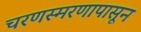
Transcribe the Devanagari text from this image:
चरणस्मरणापासून